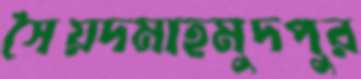
সৈয়দমাহমুদপুর